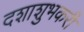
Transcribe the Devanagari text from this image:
दशाशुभकरी